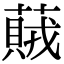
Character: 𦽒